King Institute of Preventive Medicine Micro-Biological Section reports 1909-11
Year: 1909
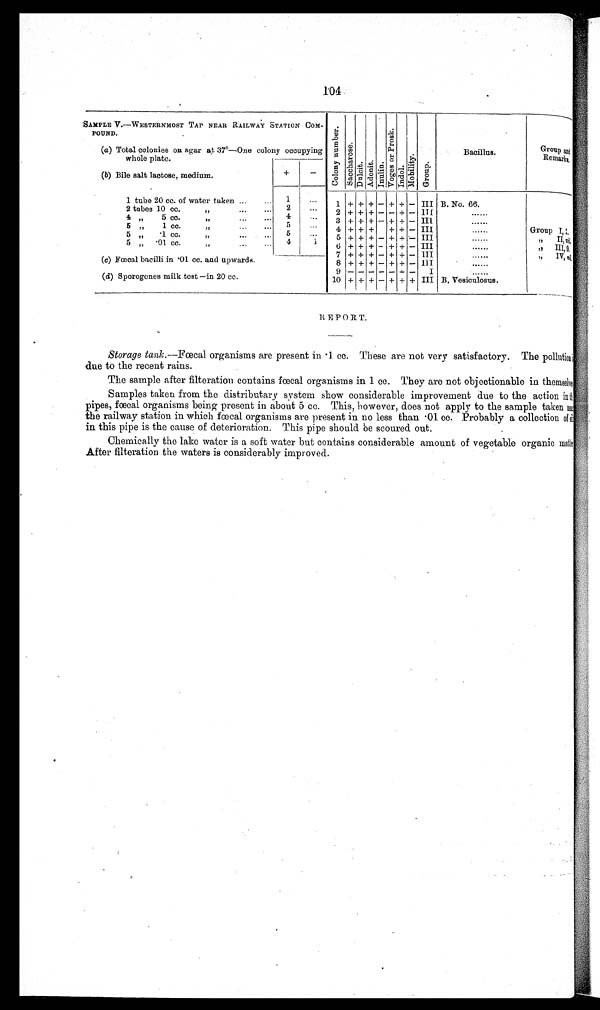
104
SAMPLE V.—WESTERNMOST TAP NEAR RAILWAY STATION COM-
POUND.
C o l o n y n u m b e r .
S a c c h a r o s e .
D u l c i t . A d o n i t . I nul i n.
V o g e s o r P r o s k .
I n d o l .
Mo b i l i t y . Gr oup.
Bacillus.
Group and
Remarks.
(a) Total colonies on agar at 37°—One colony occupying
whole plate.
(b) Bile salt lactose, medium.
+
—
1 tube 20 cc. of water taken ...
... 1
. . .
1 + + + — + + — III B.No.66.
. . . . .
2 tubes 10 cc. ,,
... 2
. . . 2 + + + — — + — III
4 ,,
5 cc. ,,
4
. . .
. . .
3
+ + +
—
+ +
— III
......
5 ,, 1 cc. ,, ... ...
5
. . . . . .
4
+ + + + +
—
III
......
Group I, 1.
5 „ .1 cc.
„
...
5
. . .
5
+ +
++
—
++
+
— III
......
,, IIn i l .
5 „ .01 cc.
,,
4
1 6 + + + — + + — III
......
,, III, n i l .
7 + + + — + + — III
......
,, IV, n i l .
(c) Fœcal bacilli in .01 cc. and upwards.
8 + + + — + + — III
......
9
— — — — —
+
— I
......
(d) Sporogenes milk test —in 20 cc.
10 + + + — + + + III B. Vesiculosus.
Storage tank.—Fœcal organisms are present in .1 cc. These are not very satisfactory. The pollution
is due to the recent rains.
The sample after filteration contains fœcal organisms in 1 cc. They are not objectionable in themselv
es
Samples taken from the distributary system show considerable improvement due to the action
in the
pipes, fœcal organisms being present in about 5 cc. This, however, does not apply to the sample taken near
the railway station in which fœcal organisms are present in no less than .01 cc. Probably a collection of si
de in this pipe is the cause of deterioration. This pipe should be scoured out.
Chemically the lake water is a soft water but contains considerable amount of vegetable organic matt
er. After filteration the waters is considerably improved.